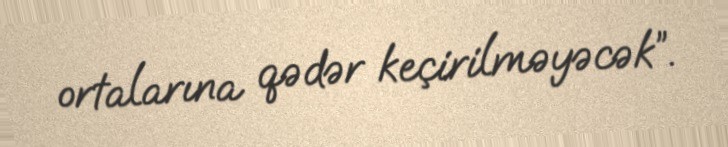
ortalarına qədər keçirilməyəcək”.